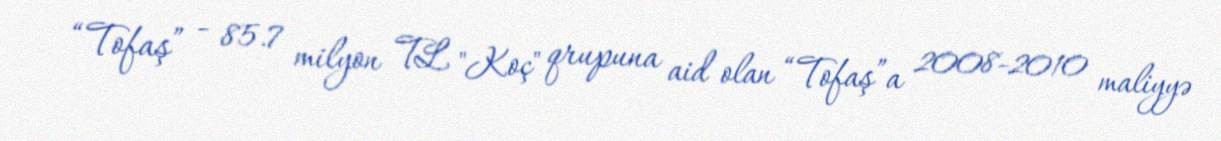
“Tofaş” - 85.7 milyon TL "Koç" qrupuna aid olan “Tofaş”a 2008-2010 maliyyə